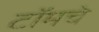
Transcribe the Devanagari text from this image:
टॉमचे